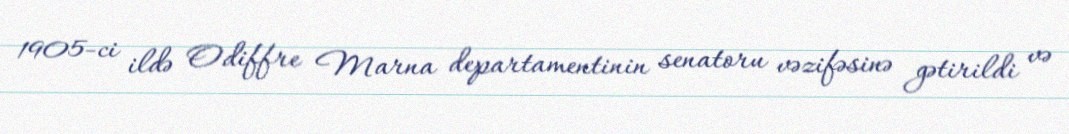
1905-ci ildə Odiffre Marna departamentinin senatoru vəzifəsinə gətirildi və